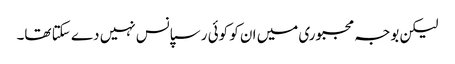
لیکن بوجہ مجبوری میں ان کو کوئی رسپانس نہیں دے سکتا تھا۔